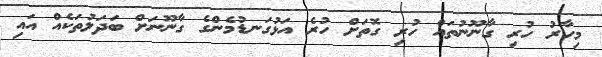
މިހާރު ހުރި ގާނޫނުތައް ހުރި ގޮތަށް ހުރެ އަޅުގަނޑުމެންގެ ގާނޫނަށް ބަދަލުތަކެއް އައި